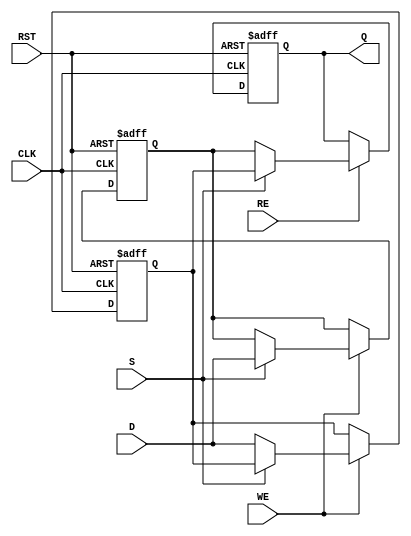
module double_buffer_register #(
    parameter DATA_WIDTH = 8  // Define the width of the data
)(
    input  wire [DATA_WIDTH-1:0] D,      // Data input
    input  wire WE,                      // Write Enable
    input  wire RE,                      // Read Enable
    input  wire S,                       // Select signal for buffer selection
    input  wire CLK,                     // Clock signal
    input  wire RST,                     // Reset signal
    output reg  [DATA_WIDTH-1:0] Q      // Data output
);

    // Define the two buffers
    reg [DATA_WIDTH-1:0] buffer_a;
    reg [DATA_WIDTH-1:0] buffer_b;

    // Asynchronous reset process
    always @(posedge RST or posedge CLK) begin
        if (RST) begin
            // Reset both buffers to zero
            buffer_a <= {DATA_WIDTH{1'b0}};
            buffer_b <= {DATA_WIDTH{1'b0}};
            Q <= {DATA_WIDTH{1'b0}}; // Clear output as well
        end else begin
            // Write operation
            if (WE) begin
                if (S) begin
                    buffer_b <= D;  // Write to Buffer B
                end else begin
                    buffer_a <= D;  // Write to Buffer A
                end
            end
            
            // Read operation
            if (RE) begin
                if (S) begin
                    Q <= buffer_a;  // Read from Buffer A
                end else begin
                    Q <= buffer_b;  // Read from Buffer B
                end
            end
        end
    end

endmodule